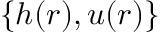
\{ h ( r ) , u ( r ) \}